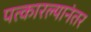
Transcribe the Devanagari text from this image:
पत्कारल्यानंतर